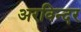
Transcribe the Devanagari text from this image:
अरविन्दर